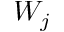
W _ { j }